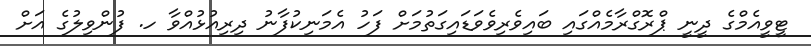
ޓީވީއެމްގެ ދީނީ ޕްރޮގްރާމެއްގައި ބައިވެރިވެވަޑައިގަތުމަށް ފަހު އެމަނިކުފާނު ދިރިއުޅުއްވާ ހ. ފުންވިލުގެ އަށް